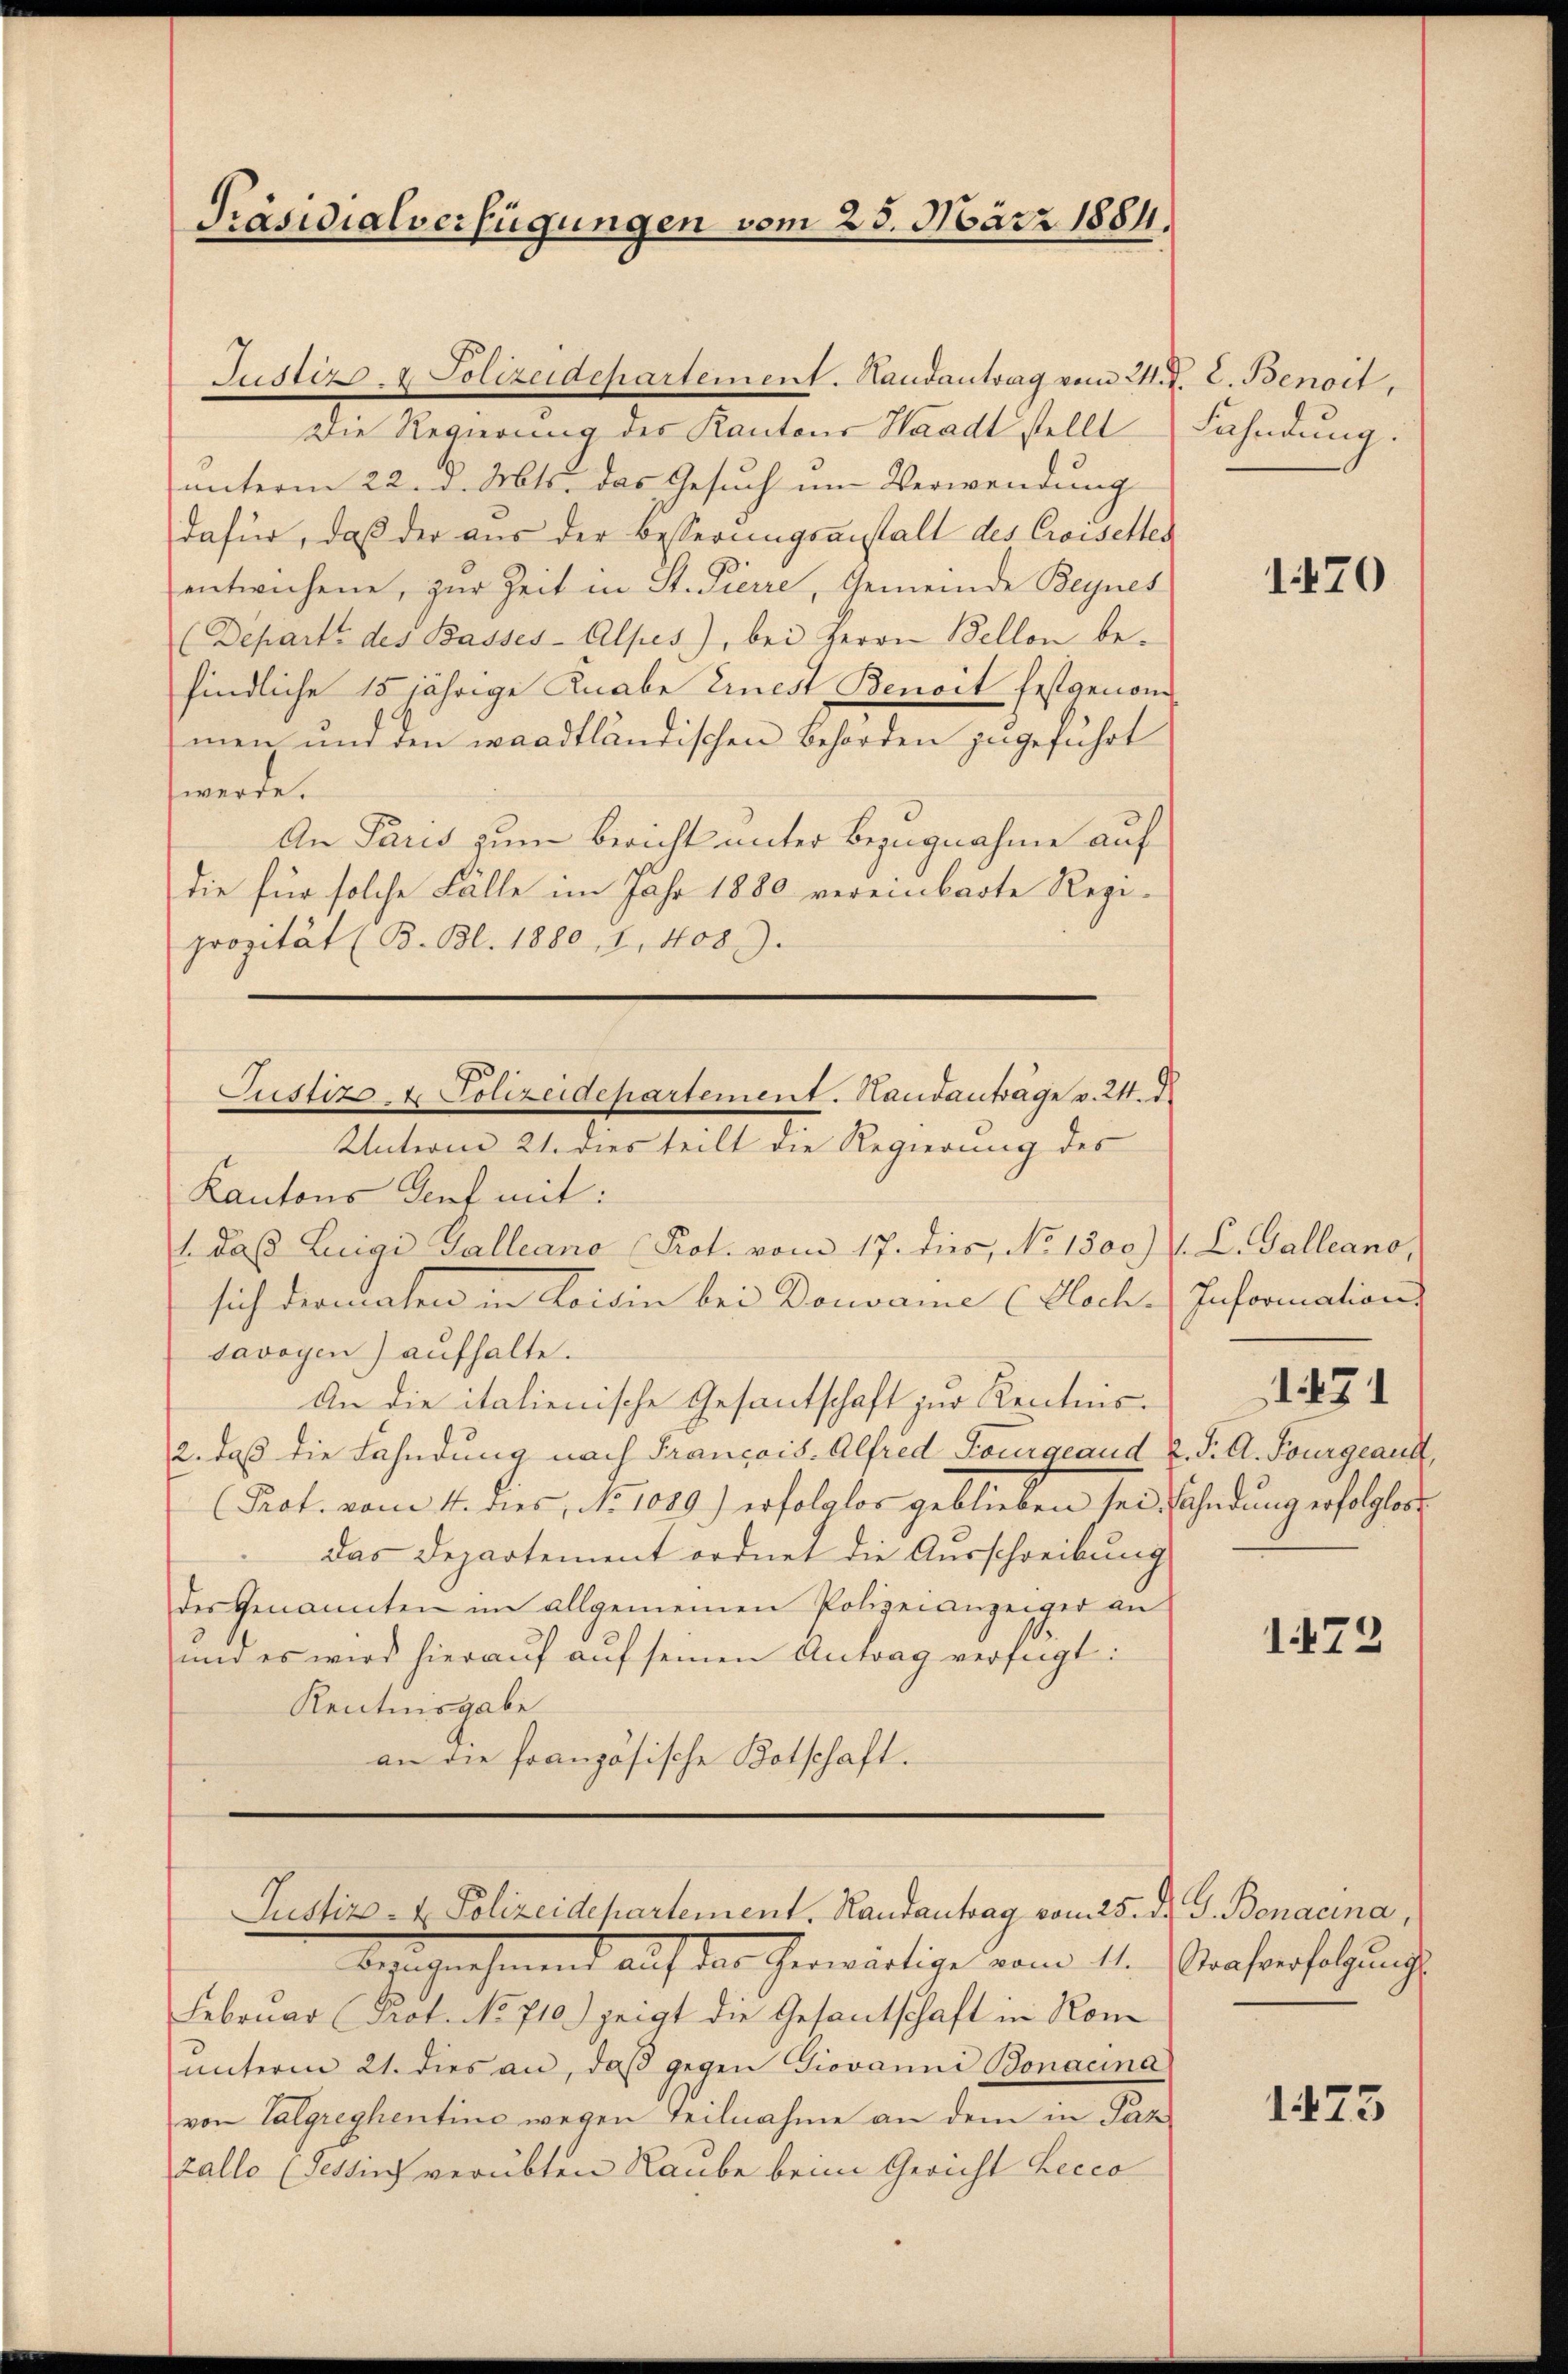
Präsidialverfügungen vom 25. März 1884.

Justizs. 4 Polizeidepartement. Handantrag vom 24. d. 2. Benoit,
Die Regierung des Kantons Waadt stellt
unterm 22. d. Mts. das Gesuch um Verwendung
dafür, daß der aus der Besserungsanstalt des Croiselten
entwichene, zur Zeit in St. Pierre, Gemeinde Beynes
(Depart des Basses-Alpes), bei Herrn Bellon be-
findliche 15jährige Knabe Einest Benoit festgenommen und den waadtländischen Behörden zugeführt
werde.
An Paris zum Bericht unter Bezugnahme auf
die für solche Fälle im Jahr 1880 vereinbarte Regiprozität (B. Bl. 1880, 1, 408.
Justizs u. Polizeidepartement. Handanträge v. 24. d.
Unterm 21. dies teilt die Regierung des
Kantons Sent mit:
1. daβ Luigi Galleano Prot. vom 17. dies, No 1300) (L. Galleano,
sich dermachen in Loisin bei Dorsame (Ploch. Information
savoyen) aufhalte.
An die italienische Gesantschaft zur Kenntnis.
2. daß die Fahndung nach Francois. Alfred Sorgeaud u. S. A. Tourgeaut,
(Prot. vom 4. dies, No 1089) erfolglos geblieben sei, Fahndung erfolglos
das Departement ordnet die Ausschreibung
des Genannten im allgemeinen Polizeianzeiger an
und es wird hierauf auf seinen Antrag verfügt:
Rentinsgabe
an die französische Kotschaft.

Justiz- & Polizeidepartement. Randantrag vom 25. d. G. Benacina,

Besuchnahmend auf das herwärtige vom 11. Nacharfatzungs
Februar (Prot. No 710.) zeigt die Gesantschaft in Rom
ŭnterm 21. dies an, daβ gegen Giovanni Bonacina
von Talgreghentine wegen Teilnahme an dem in Parz
zalle (Tessin verübten Raube beim Gericht Lecco

Fahndung.

1470

1471

1473

1423